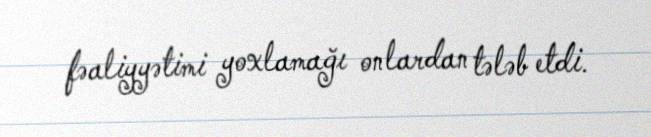
fəaliyyətimi yoxlamağı onlardan tələb etdi.